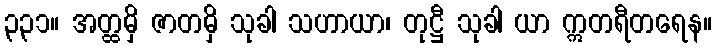
၃၃၁။ အတ္ထမှိ ဇာတမှိ သုခါ သဟာယာ၊ တုဋ္ဌီ သုခါ ယာ ဣတရီတရေန။